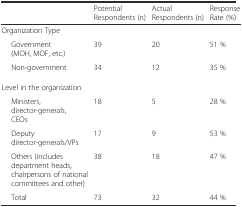
|  | Potential Respondents (n) | Actual Respondents (n) | Response Rate (%) |
 | --- | --- | --- | --- |
 | Organization Type |  |  |  |
 | Government (MOH, MOF, etc.) | 39 | 20 | 51 % |
 | Non-government | 34 | 12 | 35 % |
 | Level in the organization |  |  |  |
 | Ministers, director-generals, CEOs | 18 | 5 | 28 % |
 | Deputy director-generals/VPs | 17 | 9 | 53 % |
 | Others (includes department heads, chairpersons of national committees and other) | 38 | 18 | 47 % |
 | Total | 73 | 32 | 44 % |